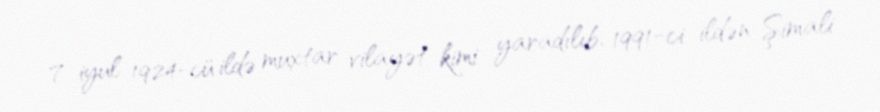
7 iyul 1924-cü ildə muxtar vilayət kimi yaradılıb, 1991-ci ildən Şimali